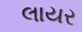
લાયર